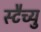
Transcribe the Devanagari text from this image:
स्टैच्यु